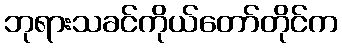
ဘုရားသခင်ကိုယ်တော်တိုင်က